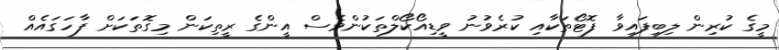
މީގެ ކުރިން ލިބިފައިވާ ފޮޓޯތަކާއި ކުރެވުނު ވީޑިއޯކޯލްތަކުންވެސް އީންގެ ރީތިކަން މިގޮތަކަށް ފާހަގައެއް